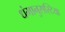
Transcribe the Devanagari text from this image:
धंमानुसस्टिया